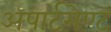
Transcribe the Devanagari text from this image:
अपार्टमेण्ट